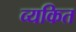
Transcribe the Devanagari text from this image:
व्‍यकित